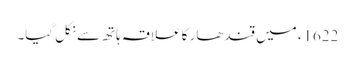
1622ء میں قندھار کا علاقہ ہاتھ سے نکل گیا۔